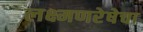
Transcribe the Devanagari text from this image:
लक्ष्मणरेषेचा